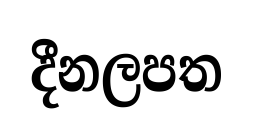
දීනලපත